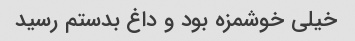
خیلی خوشمزه بود و داغ بدستم رسید